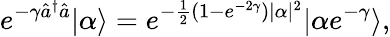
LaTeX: e^{-\gamma\hat{a}^{\dagger}\hat{a}}|\alpha\rangle=e^{-\frac{1}{2}(1-e^{-2\gamma})|\alpha|^{2}}|\alpha e^{-\gamma}\rangle,